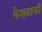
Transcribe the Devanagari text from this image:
पेशवाजी